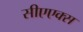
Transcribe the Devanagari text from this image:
सीएएक्स